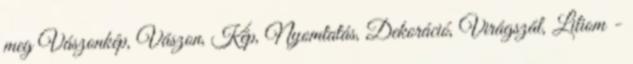
meg Vászonkép, Vászon, Kép, Nyomtatás, Dekoráció, Virágszál, Liliom -